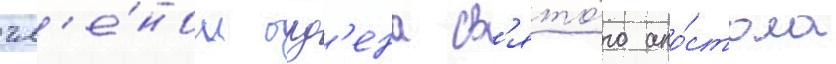
чл'е́ном орд'ена св'ято́го апо́стола